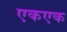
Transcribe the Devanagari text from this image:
एकएक